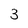
Character: 3